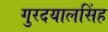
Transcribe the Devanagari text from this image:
गुरदयालसिंह